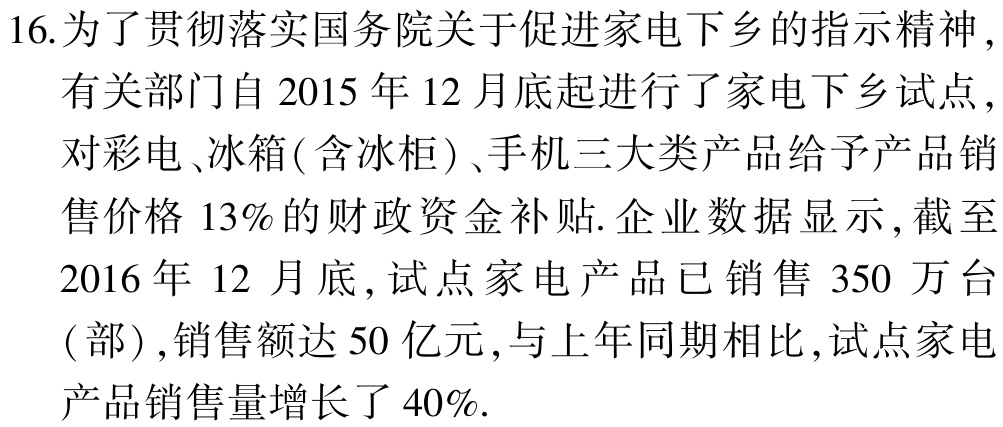
16.为了贯彻落实国务院关于促进家电下乡的指示精神，

有关部门自2015年12月底起进行了家电下乡试点，

对彩电、冰箱(含冰柜)、手机三大类产品给予产品销

售价格13%的财政资金补贴. 企业数据显示，截至

2016年12月底，试点家电产品已销售350万台

(部)，销售额达50亿元，与上年同期相比，试点家电

产品销售量增长了40%.